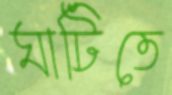
ঘাটিতে